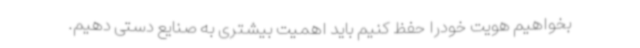
بخواهیم هویت خودرا حفظ کنیم باید اهمیت بیشتری به صنایع دستی دهیم.